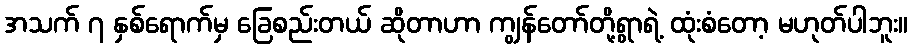
အသက် ၇ နှစ်ရောက်မှ ခြေစည်းတယ် ဆိုတာဟာ ကျွန်တော်တို့ရွာရဲ့ ထုံးစံတော့ မဟုတ်ပါဘူး။